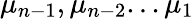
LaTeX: \mu_{n-1},\mu_{n-2}...\mu_{1}